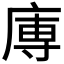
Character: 𭙥